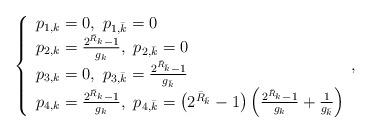
LaTeX: \begin{align*}\kern-4pt\left\{\begin{array}{l} p_{1,k}=0, \ p_{1,\bar k}=0\\ p_{2,k}=\frac{2^{\bar R_k}-1}{g_k}, \ p_{2,\bar k}=0\\p_{3,k}=0, \ p_{3,\bar k}=\frac{2^{\bar R_{\bar k}}-1}{g_{\bar k}}\\p_{4,k}=\frac{2^{\bar R_k}-1}{g_k}, \ p_{4,\bar k}=\left(2^{\bar R_{\bar k}}-1 \right )\left(\frac{2^{\bar R_k}-1}{g_k}+\frac{1}{g_{\bar k}}\right ) \end{array},\right.\end{align*}